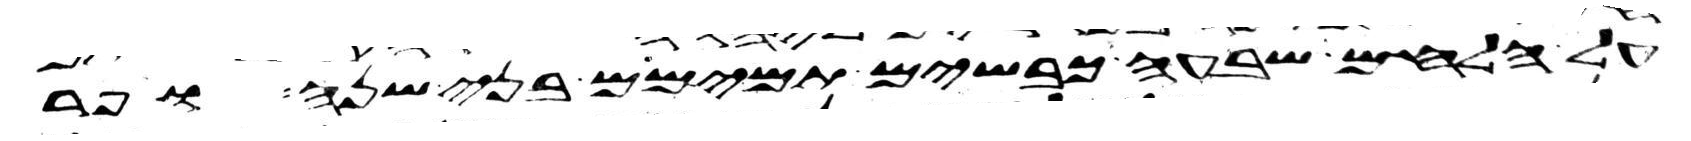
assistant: על הלחם שבעה כבשים תמימם בני שנה ופר